Vaccination Hyderabad 1890-1903 - 1890-1903
Year: 1890
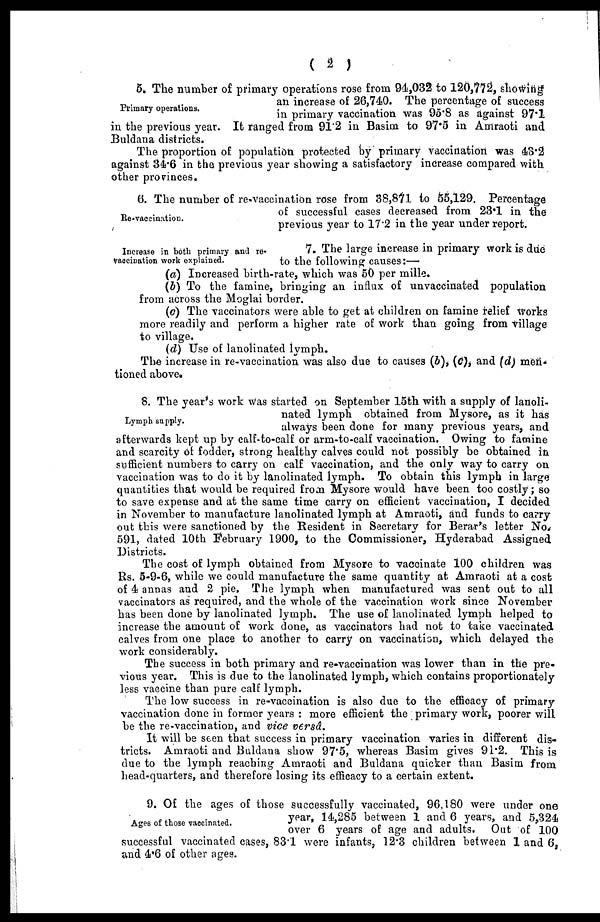
( 2 )
Primary operations.
5. The number of primary operations rose from 94,032 to 120,772, showing
an increase of 26,740. The percentage of success
in primary vaccination was 95.8 as against 97.1
in the previous year. It ranged from 91.2 in Basim to 97.5 in Amraoti and
Buldana districts.
The proportion of population protected by primary vaccination was 43.2
against 34.6 in the previous year showing a satisfactory increase compared with
other provinces.
Re-vaccination.
6. The number of re-vaccination rose from 38,871 to 55,129. Percentage
of successful cases decreased from 23.1 in the
previous year to 17.2 in the year under report.
Increase in both primary and re¬
vaccination work explained.
7. The large increase in primary work is due
to the following causes:—
(a) Increased birth-rate, which was 50 per mille.
(b) To the famine, bringing an influx of unvaccinated population
from across the Moglai border.
(c) The vaccinators were able to get at children on famine relief works
more readily and perform a higher rate of work than going from village
to village.
(d) Use of lanolinated lymph.
The increase in re-vaccination was also due to causes (b), (c), and (d) men-
tioned above.
Lymph supply.
8. The year's work was started on September 15th with a supply of lanoli-
nated lymph obtained from Mysore, as it has
always been done for many previous years, and
afterwards kept up by calf-to-calf or arm-to-calf vaccination. Owing to famine
and scarcity of fodder, strong healthy calves could not possibly be obtained in
sufficient numbers to carry on calf vaccination, and the only way to carry on
vaccination was to do it by lanolinated lymph. To obtain this lymph in large
quantities that would be required from Mysore would have been too costly; so
to save expense and at the same time carry on efficient vaccination, I decided
in November to manufacture lanolinated lymph at Amraoti, and funds to carry
out this were sanctioned by the Resident in Secretary for Berar's letter No.
591, dated 10th February 1900, to the Commissioner, Hyderabad Assigned
Districts.
The cost of lymph obtained from Mysore to vaccinate 100 children was
Rs. 5-9-6, while we could manufacture the same quantity at Amraoti at a cost
of 4 annas and 2 pie. The lymph when manufactured was sent out to all
vaccinators as required, and the whole of the vaccination work since November
has been done by lanolinated lymph. The use of lanolinated lymph helped to
increase the amount of work done, as vaccinators had not to take vaccinated
calves from one place to another to carry on vaccination, which delayed the
work considerably.
The success in both primary and re-vaccination was lower than in the pre-
vious year. This is due to the lanolinated lymph, which contains proportionately
less vaccine than pure calf lymph.
The low success in re-vaccination is also due to the efficacy of primary
vaccination done in former years : more efficient the primary work, poorer will
be the re-vaccination, and vice versâ.
It will be seen that success in primary vaccination varies in different dis-
tricts. Amraoti and Buldana show 97.5, whereas Basim gives 91.2. This is
due to the lymph reaching Amraoti and Buldana quicker than Basim from
head-quarters, and therefore losing its efficacy to a certain extent.
Ages of those vaccinated.
9. Of the ages of those successfully vaccinated, 96,180 were under one
year, 14,285 between 1 and 6 years, and 5,324
over 6 years of age and adults. Out of 100
successful vaccinated cases, 83.1 were infants, 12.3 children between 1 and 6,
and 4.6 of other ages.